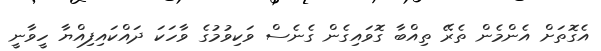
އެގޮތަށް އެންމެން ތެރޭ ތިއްބާ ގޮވައިގެން ގެނެސް ވަކިވުމުގެ ވާހަކަ ދައްކައިފިއްޔާ ހީވާނީ